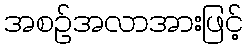
အစဉ်အလာအားဖြင့်